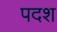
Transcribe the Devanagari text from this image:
पदश